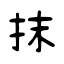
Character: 抹